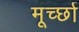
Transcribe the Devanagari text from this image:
मूर्च्‍छा